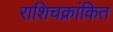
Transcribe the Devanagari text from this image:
राशिचक्रांकित